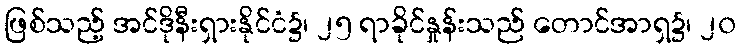
ဖြစ်သည့် အင်ဒိုနီးရှားနိုင်ငံ၌၊ ၂၅ ရာခိုင်နှုန်းသည် တောင်အာရှ၌၊ ၂၀